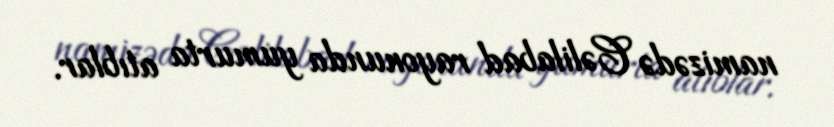
namizədə Cəlilabad rayonunda yumurta atıblar.